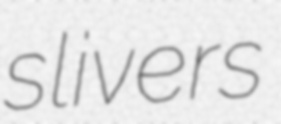
slivers